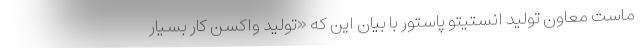
ماست معاون تولید انستیتو پاستور با بیان این که «تولید واکسن کار بسیار